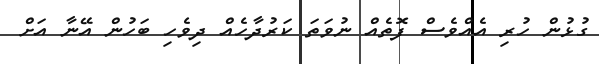
ގުޅުން ހުރި އެއްވެސް ފޮތެއް ނުވަތަ ކަރުދާހެއް ދިވެހި ބަހުން އޭނާ އަށް